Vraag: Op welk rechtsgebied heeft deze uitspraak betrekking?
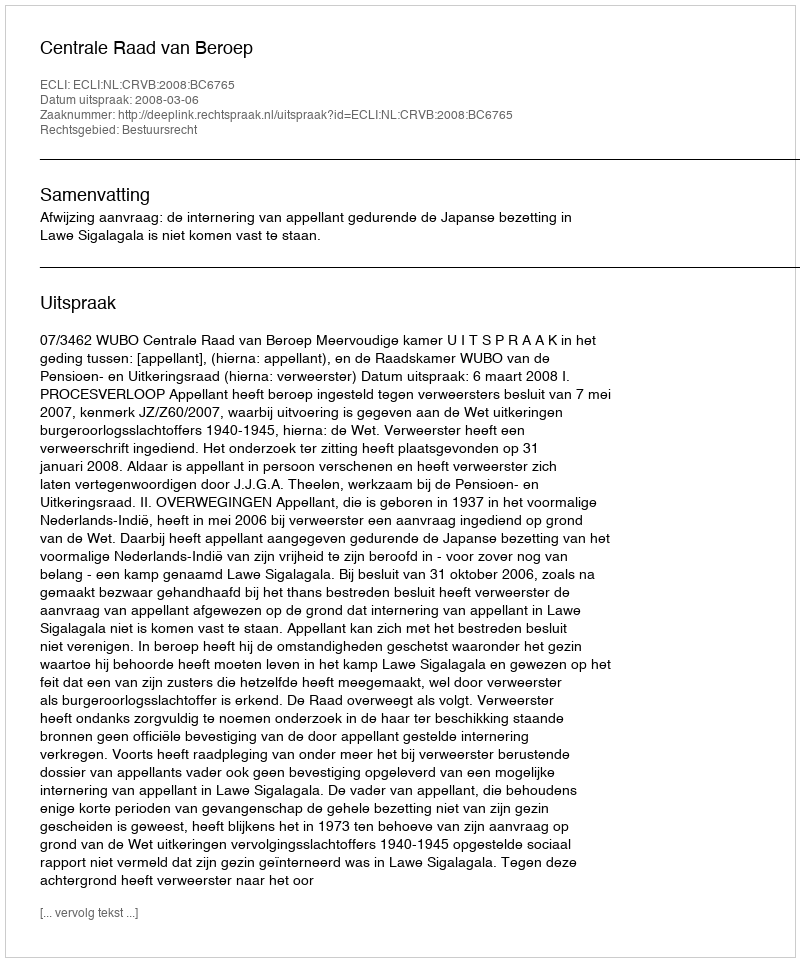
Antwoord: Bestuursrecht